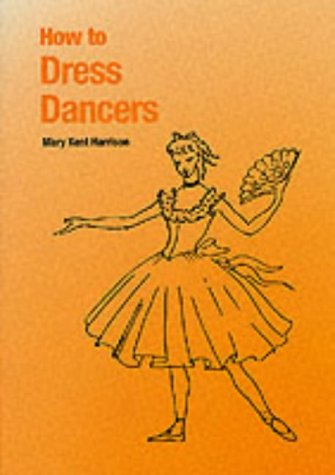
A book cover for How to Dress Dancers; Mary Kent Harrison; Humor & Entertainment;